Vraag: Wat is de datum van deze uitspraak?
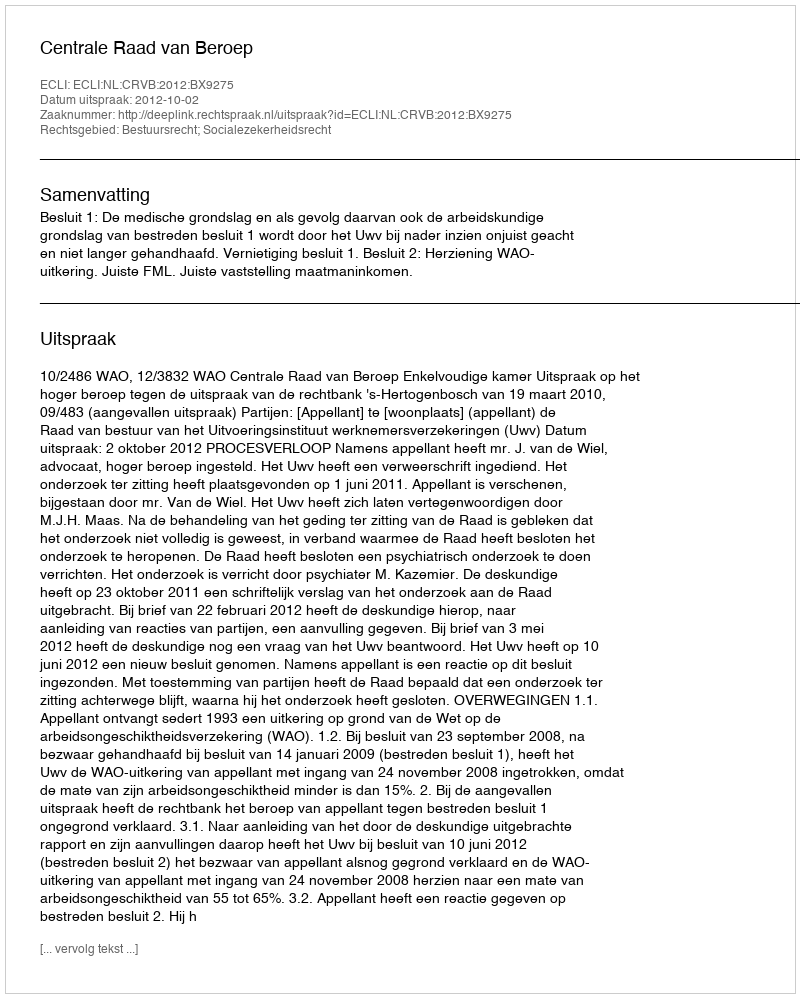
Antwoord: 2012-10-02